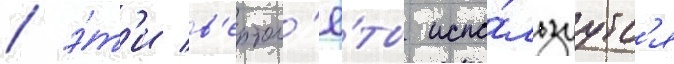
/ э́т'и в'ертол'ё́ты испо́льзуутс'я